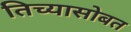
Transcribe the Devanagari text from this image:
तिच्यासोबत